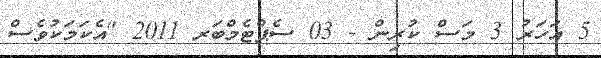
5 އަހަރު 3 މަސް ކުރިން - 03 ސެޕްޓެމްބަރ 2011 "އެކަމަކުވެސް